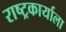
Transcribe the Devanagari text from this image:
राष्ट्रकार्याला